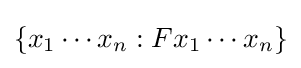
\{x_{1}\cdots x_{n}:Fx_{1}\cdots x_{n}\}